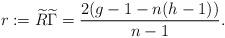
LaTeX: \begin{align*}r:=\widetilde{R}\widetilde{\Gamma}=\frac{2(g-1-n(h-1))}{n-1}.\end{align*}